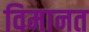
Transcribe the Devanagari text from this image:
विमानत